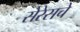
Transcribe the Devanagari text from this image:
सेरेसचे